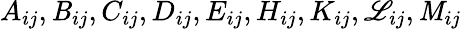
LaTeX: A_{ij},\mathit{B}_{ij},C_{ij},D_{ij},E_{ij},H_{ij},K_{ij},\mathscr{L}_{ij},\mathit{M}_{ij}